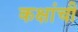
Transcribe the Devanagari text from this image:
कक्षांची